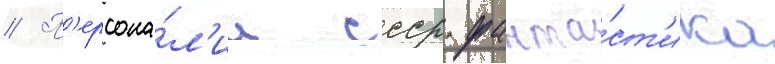
// П'ерсона́л'ии ссср фанта́ст'ика